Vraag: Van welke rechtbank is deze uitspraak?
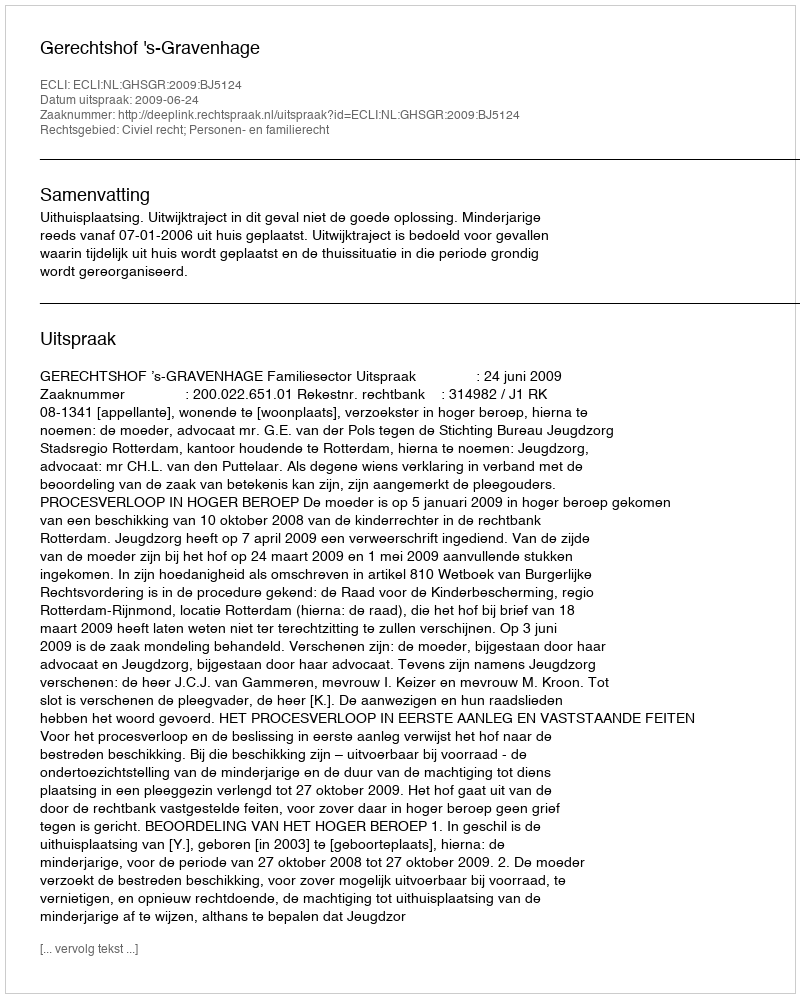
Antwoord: Gerechtshof 's-Gravenhage